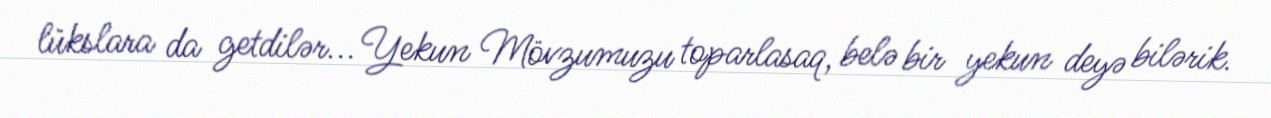
lükslara da getdilər... Yekun Mövzumuzu toparlasaq, belə bir yekun deyə bilərik.